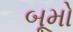
બૂમો